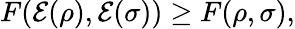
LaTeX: F({\mathcal{E}}(\rho),{\mathcal{E}}(\sigma))\geq F(\rho,\sigma),